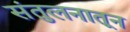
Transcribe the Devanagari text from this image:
संतुलनातून